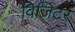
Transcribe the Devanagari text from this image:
विजिटर